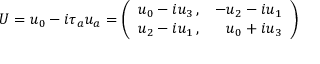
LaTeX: U = u _ { 0 } - i \tau _ { a } u _ { a } = \left( \begin{array} { r r } { { u _ { 0 } - i u _ { 3 } \, , } } & { { - u _ { 2 } - i u _ { 1 } } } \\ { { u _ { 2 } - i u _ { 1 } \, , } } & { { u _ { 0 } + i u _ { 3 } } } \end{array} \right)